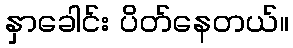
နှာခေါင်း ပိတ်နေတယ်။